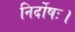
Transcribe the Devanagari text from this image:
निर्दोषः।